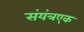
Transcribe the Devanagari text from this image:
संयंत्रएक